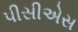
પીસીએસ